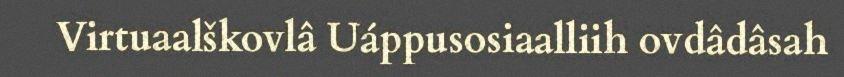
Virtuaalškovlâ Uáppusosiaalliih ovdâdâsah